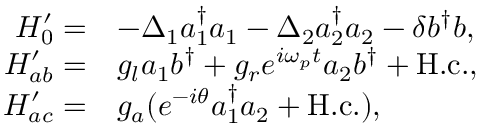
\begin{array} { r l } { H _ { 0 } ^ { \prime } = } & { - \Delta _ { 1 } a _ { 1 } ^ { \dagger } a _ { 1 } - \Delta _ { 2 } a _ { 2 } ^ { \dagger } a _ { 2 } - \delta b ^ { \dagger } b , } \\ { H _ { a b } ^ { \prime } = } & { g _ { l } a _ { 1 } b ^ { \dagger } + g _ { r } e ^ { i \omega _ { p } t } a _ { 2 } b ^ { \dagger } + \mathrm { H . c . } , } \\ { H _ { a c } ^ { \prime } = } & { g _ { a } ( e ^ { - i \theta } a _ { 1 } ^ { \dagger } a _ { 2 } + \mathrm { H . c . } ) , } \end{array}